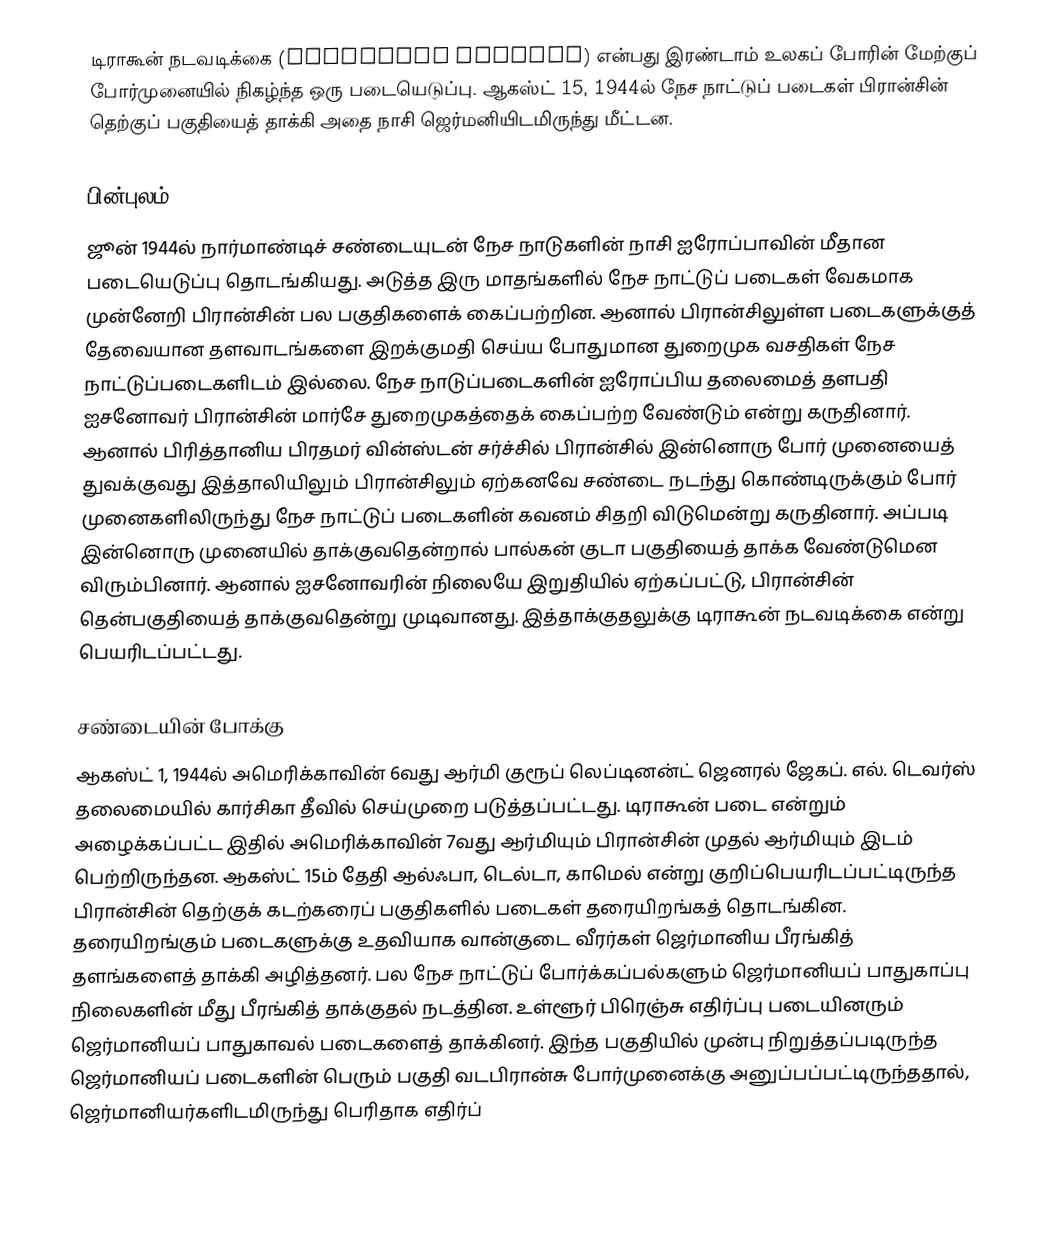
டிராகூன் நடவடிக்கை (Operation Dragoon) என்பது இரண்டாம் உலகப் போரின் மேற்குப் போர்முனையில் நிகழ்ந்த ஒரு படையெடுப்பு. ஆகஸ்ட் 15, 1944ல் நேச நாட்டுப் படைகள் பிரான்சின் தெற்குப் பகுதியைத் தாக்கி அதை நாசி ஜெர்மனியிடமிருந்து மீட்டன.

பின்புலம்
ஜூன் 1944ல் நார்மாண்டிச் சண்டையுடன் நேச நாடுகளின் நாசி ஐரோப்பாவின் மீதான படையெடுப்பு தொடங்கியது. அடுத்த இரு மாதங்களில் நேச நாட்டுப் படைகள் வேகமாக முன்னேறி பிரான்சின் பல பகுதிகளைக் கைப்பற்றின. ஆனால் பிரான்சிலுள்ள படைகளுக்குத் தேவையான தளவாடங்களை இறக்குமதி செய்ய போதுமான துறைமுக வசதிகள் நேச நாட்டுப்படைகளிடம் இல்லை. நேச நாடுப்படைகளின் ஐரோப்பிய தலைமைத் தளபதி ஐசனோவர் பிரான்சின் மார்சே துறைமுகத்தைக் கைப்பற்ற வேண்டும் என்று கருதினார். ஆனால் பிரித்தானிய பிரதமர் வின்ஸ்டன் சர்ச்சில் பிரான்சில் இன்னொரு போர் முனையைத் துவக்குவது இத்தாலியிலும் பிரான்சிலும் ஏற்கனவே சண்டை நடந்து கொண்டிருக்கும் போர் முனைகளிலிருந்து நேச நாட்டுப் படைகளின் கவனம் சிதறி விடுமென்று கருதினார். அப்படி இன்னொரு முனையில் தாக்குவதென்றால் பால்கன் குடா பகுதியைத் தாக்க வேண்டுமென விரும்பினார். ஆனால் ஐசனோவரின் நிலையே இறுதியில் ஏற்கப்பட்டு, பிரான்சின் தென்பகுதியைத் தாக்குவதென்று முடிவானது. இத்தாக்குதலுக்கு டிராகூன் நடவடிக்கை என்று பெயரிடப்பட்டது.

சண்டையின் போக்கு
ஆகஸ்ட் 1, 1944ல் அமெரிக்காவின் 6வது ஆர்மி குரூப் லெப்டினன்ட் ஜெனரல் ஜேகப். எல். டெவர்ஸ் தலைமையில் கார்சிகா தீவில் செய்முறை படுத்தப்பட்டது. டிராகூன் படை என்றும் அழைக்கப்பட்ட இதில் அமெரிக்காவின் 7வது ஆர்மியும் பிரான்சின் முதல் ஆர்மியும் இடம் பெற்றிருந்தன. ஆகஸ்ட் 15ம் தேதி ஆல்ஃபா, டெல்டா, காமெல் என்று குறிப்பெயரிடப்பட்டிருந்த பிரான்சின் தெற்குக் கடற்கரைப் பகுதிகளில் படைகள் தரையிறங்கத் தொடங்கின. தரையிறங்கும் படைகளுக்கு உதவியாக வான்குடை வீரர்கள் ஜெர்மானிய பீரங்கித் தளங்களைத் தாக்கி அழித்தனர். பல நேச நாட்டுப் போர்க்கப்பல்களும் ஜெர்மானியப் பாதுகாப்பு நிலைகளின் மீது பீரங்கித் தாக்குதல் நடத்தின. உள்ளூர் பிரெஞ்சு எதிர்ப்பு படையினரும் ஜெர்மானியப் பாதுகாவல் படைகளைத் தாக்கினர். இந்த பகுதியில் முன்பு நிறுத்தப்படிருந்த ஜெர்மானியப் படைகளின் பெரும் பகுதி வடபிரான்சு போர்முனைக்கு அனுப்பப்பட்டிருந்ததால், ஜெர்மானியர்களிடமிருந்து பெரிதாக எதிர்ப்